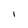
Character: i